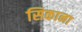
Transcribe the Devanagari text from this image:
सिकाना